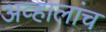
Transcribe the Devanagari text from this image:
अव्हालांच